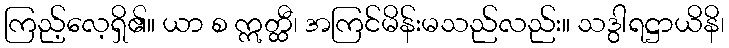
ကြည့်လေ့ရှိ၏။ ယာ စ ဣတ္ထီ၊ အကြင်မိန်းမသည်လည်း။ သဒွါရဋ္ဌာယိနိ၊